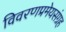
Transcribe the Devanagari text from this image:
विवरणप्रमेयसंग्रह